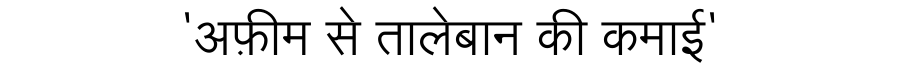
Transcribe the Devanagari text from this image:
'अफ़ीम से तालेबान की कमाई'